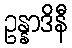
ဥန္နာဒိနီ